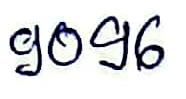
9096